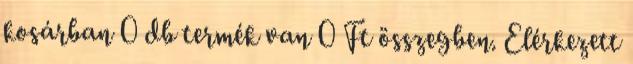
kosárban 0 db termék van 0 Ft összegben. Elérkezett